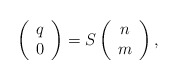
\begin{align*}\left( \begin{array}{c} q \\ 0 \end{array} \right)=S \left( \begin{array}{c} n \\ m \end{array} \right),\end{align*}